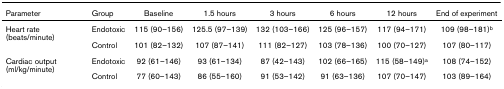
<table><thead><tr><td><b>Parameter</b></td><td><b>Group</b></td><td><b>Baseline</b></td><td><b>1.5 hours</b></td><td><b>3 hours</b></td><td><b>6 hours</b></td><td><b>12 hours</b></td><td><b>End of experiment</b></td></tr></thead><tbody><tr><td>Heart rate (beats/minute)</td><td>Endotoxic</td><td>115 (90–156)</td><td>125.5 (97–139)</td><td>132 (103–166)</td><td>125 (96–157)</td><td>117 (94–171)</td><td>109 (98–181)<sup>b</sup></td></tr><tr><td></td><td>Control</td><td>101 (82–132)</td><td>107 (87–141)</td><td>111 (82–127)</td><td>103 (78–136)</td><td>100 (70–127)</td><td>107 (80–117)</td></tr><tr><td>Cardiac output (ml/kg/minute)</td><td>Endotoxic</td><td>92 (61–146)</td><td>93 (61–134)</td><td>87 (42–143)</td><td>102 (66–165)</td><td>115 (58–149)<sup>a</sup></td><td>108 (74–152)</td></tr><tr><td></td><td>Control</td><td>77 (60–143)</td><td>86 (55–160)</td><td>91 (53–142)</td><td>91 (63–136)</td><td>107 (70–147)</td><td>103 (89–164)</td></tr></tbody></table>